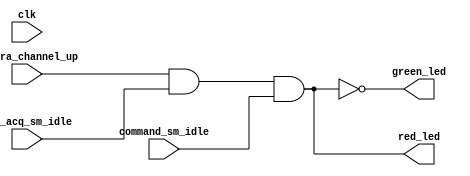
`timescale 1ns / 1ps

// Module to control front panel LED

module led_status (
  input  clk,
  output red_led,
  output green_led,
  input  aurora_channel_up,
  input  adc_acq_sm_idle,
  input  command_sm_idle
);

// the LEDs are active low:
//    0 = LED on
//    1 = LED off

// Assignments right now:
//    green LED is on when aurora link is up AND both the ADC acquisition and command state machines are idle
//              e.g., green means "ready"
//    red LED is on otherwise
//              e.g., red means "error" or "busy"

assign green_led = ~(aurora_channel_up && adc_acq_sm_idle && command_sm_idle);
assign red_led   = ~green_led;

endmodule